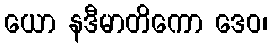
ယော နဒီမာတိကော ဒေဝ၊